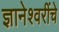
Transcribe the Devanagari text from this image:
ज्ञानेश्वरींचे